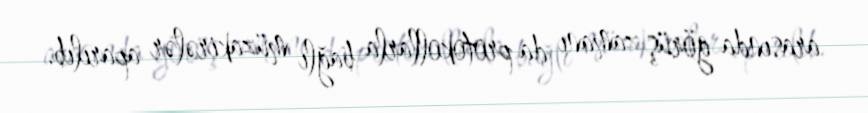
arasında görüş zamanı da protokollarla bağlı müzakirələr aparılıb.